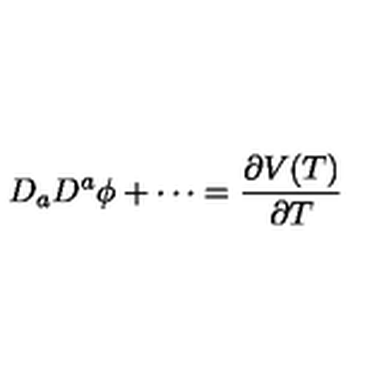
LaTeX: D _ { a } D ^ { a } \phi + \cdots = \frac { \partial V ( T ) } { \partial T }